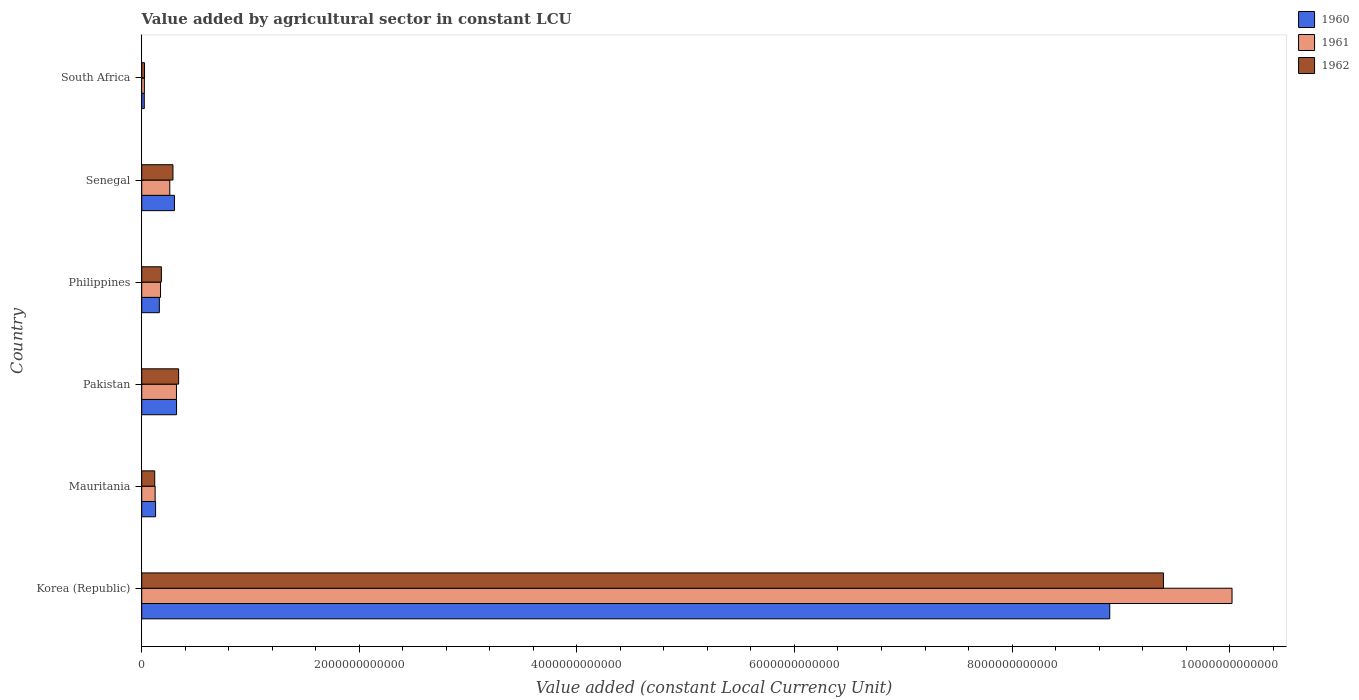
| Country | 1960 | 1961 | 1962 |
 | --- | --- | --- | --- |
 | Korea (Republic) | 8.9e+12 | 1e+13 | 9.39e+12 |
 | Mauritania | 1.27e+11 | 1.23e+11 | 1.2e+11 |
 | Pakistan | 3.2e+11 | 3.19e+11 | 3.39e+11 |
 | Philippines | 1.62e+11 | 1.73e+11 | 1.81e+11 |
 | Senegal | 3.01e+11 | 2.58e+11 | 2.87e+11 |
 | South Africa | 2.36e+10 | 2.44e+10 | 2.58e+10 |